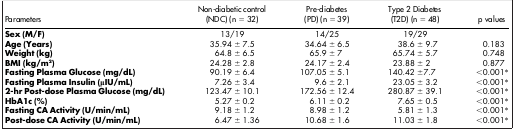
<table><thead><tr><td><b>Parameters</b></td><td><b>Non-diabetic control (NDC) (n = 32)</b></td><td><b>Pre-diabetes (PD) (n = 39)</b></td><td><b>Type 2 Diabetes (T2D) (n = 48)</b></td><td><b>p values</b></td></tr></thead><tbody><tr><td><b>Sex (M/F)</b></td><td>13/19</td><td>14/25</td><td>19/29</td><td> </td></tr><tr><td><b>Age (Years)</b></td><td>35.94 ± 7.5</td><td>34.64 ± 6.5</td><td>38.6 ± 9.7</td><td>0.183</td></tr><tr><td><b>Weight (kg)</b></td><td>64.8 ± 6.5</td><td>65.9 ± 7</td><td>65.74 ± 5.7</td><td>0.748</td></tr><tr><td><b>BMI (kg/m<sup>2</sup>)</b></td><td>24.28 ± 2.8</td><td>24.17 ± 2.4</td><td>23.88 ± 2</td><td>0.877</td></tr><tr><td><b>Fasting Plasma Glucose (mg/dL)</b></td><td>90.19 ± 6.4</td><td>107.05 ± 5.1</td><td>140.42 ±7.7</td><td>&lt;0.001*</td></tr><tr><td><b>Fasting Plasma Insulin (μIU/mL)</b></td><td>7.26 ± 3.4</td><td>9.6 ± 2.1</td><td>23.05 ± 3.2</td><td>&lt;0.001*</td></tr><tr><td><b>2-hr Post-dose Plasma Glucose (mg/dL)</b></td><td>123.47 ± 10.1</td><td>172.56 ± 12.4</td><td>280.87 ± 39.1</td><td>&lt;0.001*</td></tr><tr><td><b>HbA1c (%)</b></td><td>5.27 ± 0.2</td><td>6.11 ± 0.2</td><td>7.65 ± 0.5</td><td>&lt;0.001*</td></tr><tr><td><b>Fasting CA Activity (U/min/mL)</b></td><td>9.18 ± 1.2</td><td>8.98 ± 1.2</td><td>5.81 ± 1.3</td><td>&lt;0.001*</td></tr><tr><td><b>Post-dose CA Activity (U/min/mL)</b></td><td>6.47 ± 1.36</td><td>10.68 ± 1.6</td><td>11.03 ± 1.8</td><td>&lt;0.001*</td></tr></tbody></table>